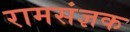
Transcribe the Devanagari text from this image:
रामसंज्ञक